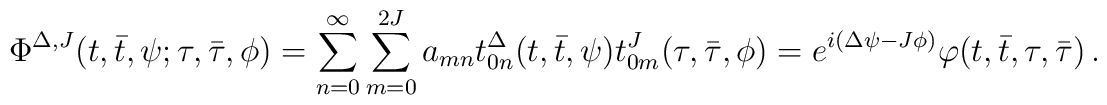
\Phi^{\Delta,J}(t,\bar t,\psi; \tau, \bar\tau, \phi) =  \sum_{n=0}^{\infty}\sum_{m=0}^{2J}a_{mn} t^\Delta_{0n}(t,\bar t,\psi) t^J_{0m}(\tau, \bar\tau,  \phi)= e^{i(\Delta\psi - J\phi)}\varphi(t,\bar t,\tau, \bar\tau)\,.